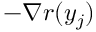
- \nabla r ( y _ { j } )